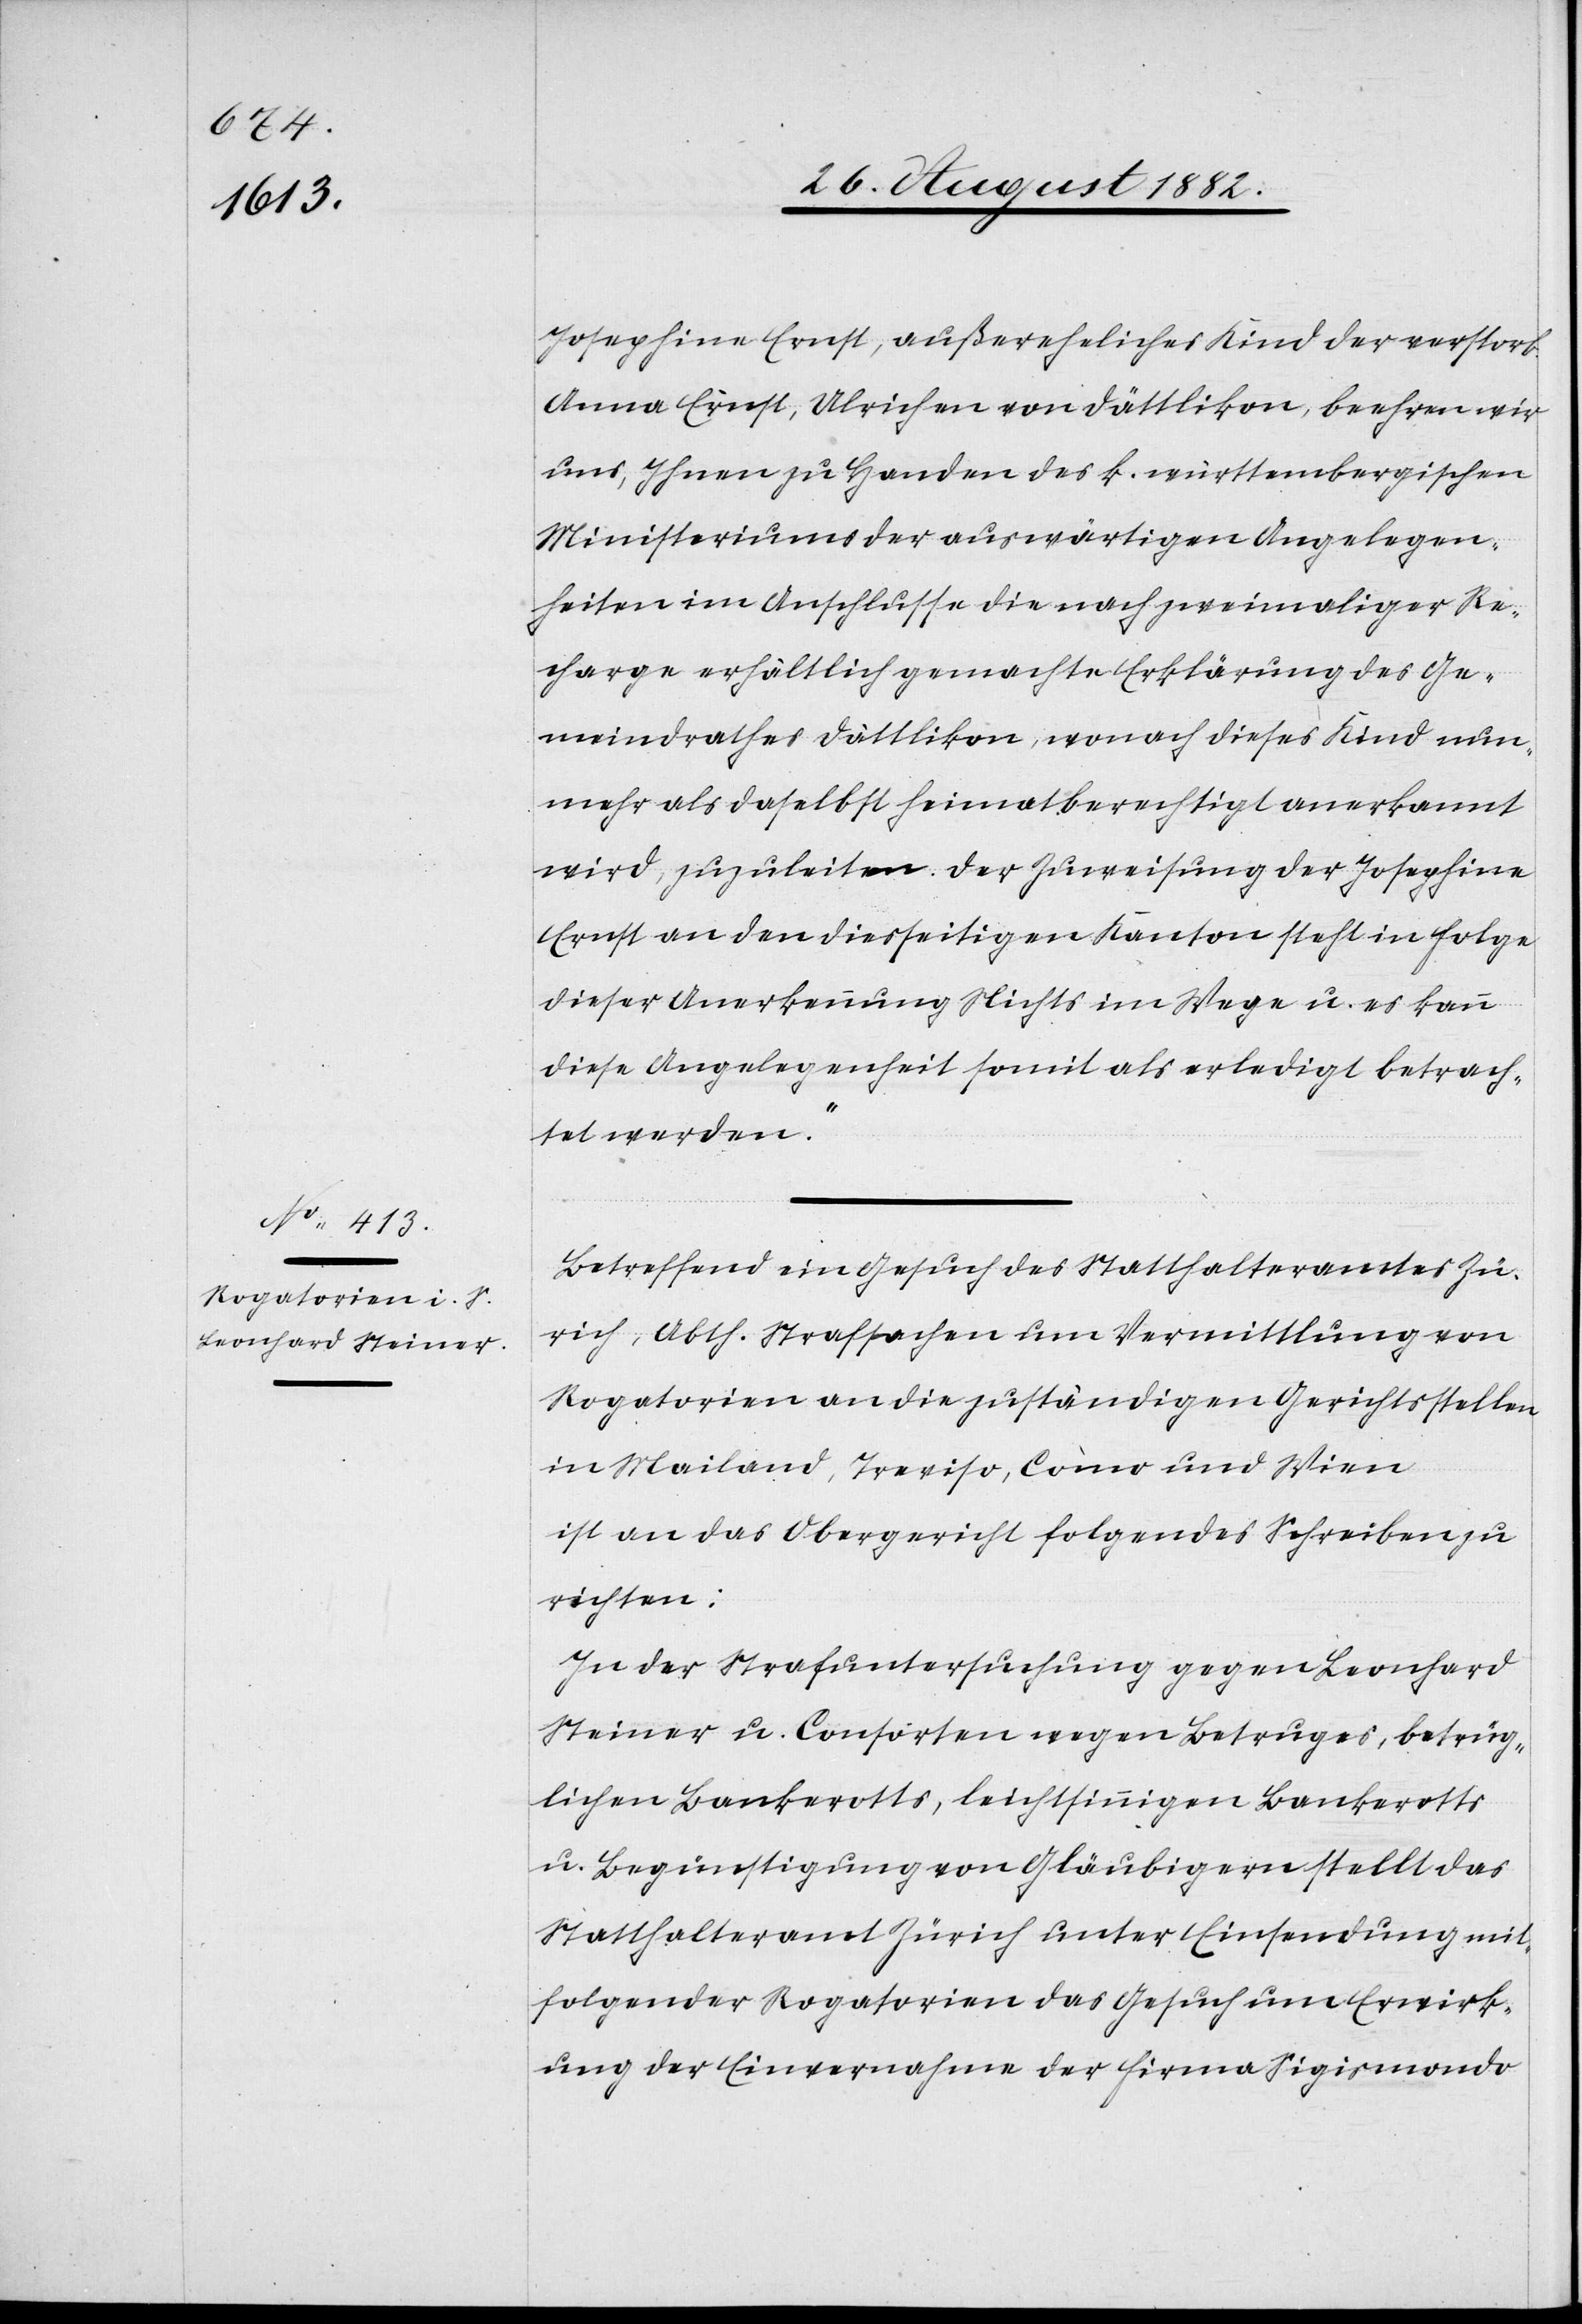
29. August 1882.]
Josephine Ernst, außereheliches Kind der verstorb.
Anna Ernst, Ulrichen von Dättlikon, beehren wir
uns, Ihnen zu Handen des k. württembergischen
Ministeriums der auswärtigen Angelegen¬
heiten im Anschlusse die nach zweimaliger Re¬
charge erhältlich gemachte Erklärung des Ge¬
meindrathes Dättlikon, wonach dieses Kind nun¬
mehr als daselbst heimatberechtigt anerkannt
wird, zuzuleiten. Der Zuweisung der Josephine
Ernst an den diesseitigen Kanton steht in Folge
dieser Anerkennung Nichts im Wege u. es kann
diese Angelegenheit somit als erledigt betrach¬
tet werden.“
Betreffend ein Gesuch des Statthalteramtes Zü¬
rich, Abth. Strafsachen um Vermittlung von
Rogatorien an die zuständigen Gerichtsstellen
in Mailand, Treviso, Como und Wien
ist an das Obergericht folgendes Schreiben zu
richten:
„In der Strafuntersuchung gegen Leonhard
Steiner u. Consorten wegen Betruges, betrüg¬
lichen Bankerotts, leichtsinnigen Bankerotts
u. Begünstigung von Gläubigern stellt das
Statthalteramt Zürich unter Einsendung mit¬
folgender Rogatorien das Gesuch um Erwirk¬
ung der Einvernahme der Firma Sigismondo